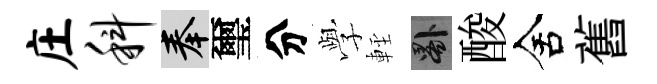
庄科奉璽分𫝯䡖晷酸舍舊